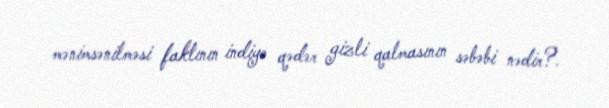
mənimsənilməsi faktının indiyə qədər gizli qalmasının səbəbi nədir?.